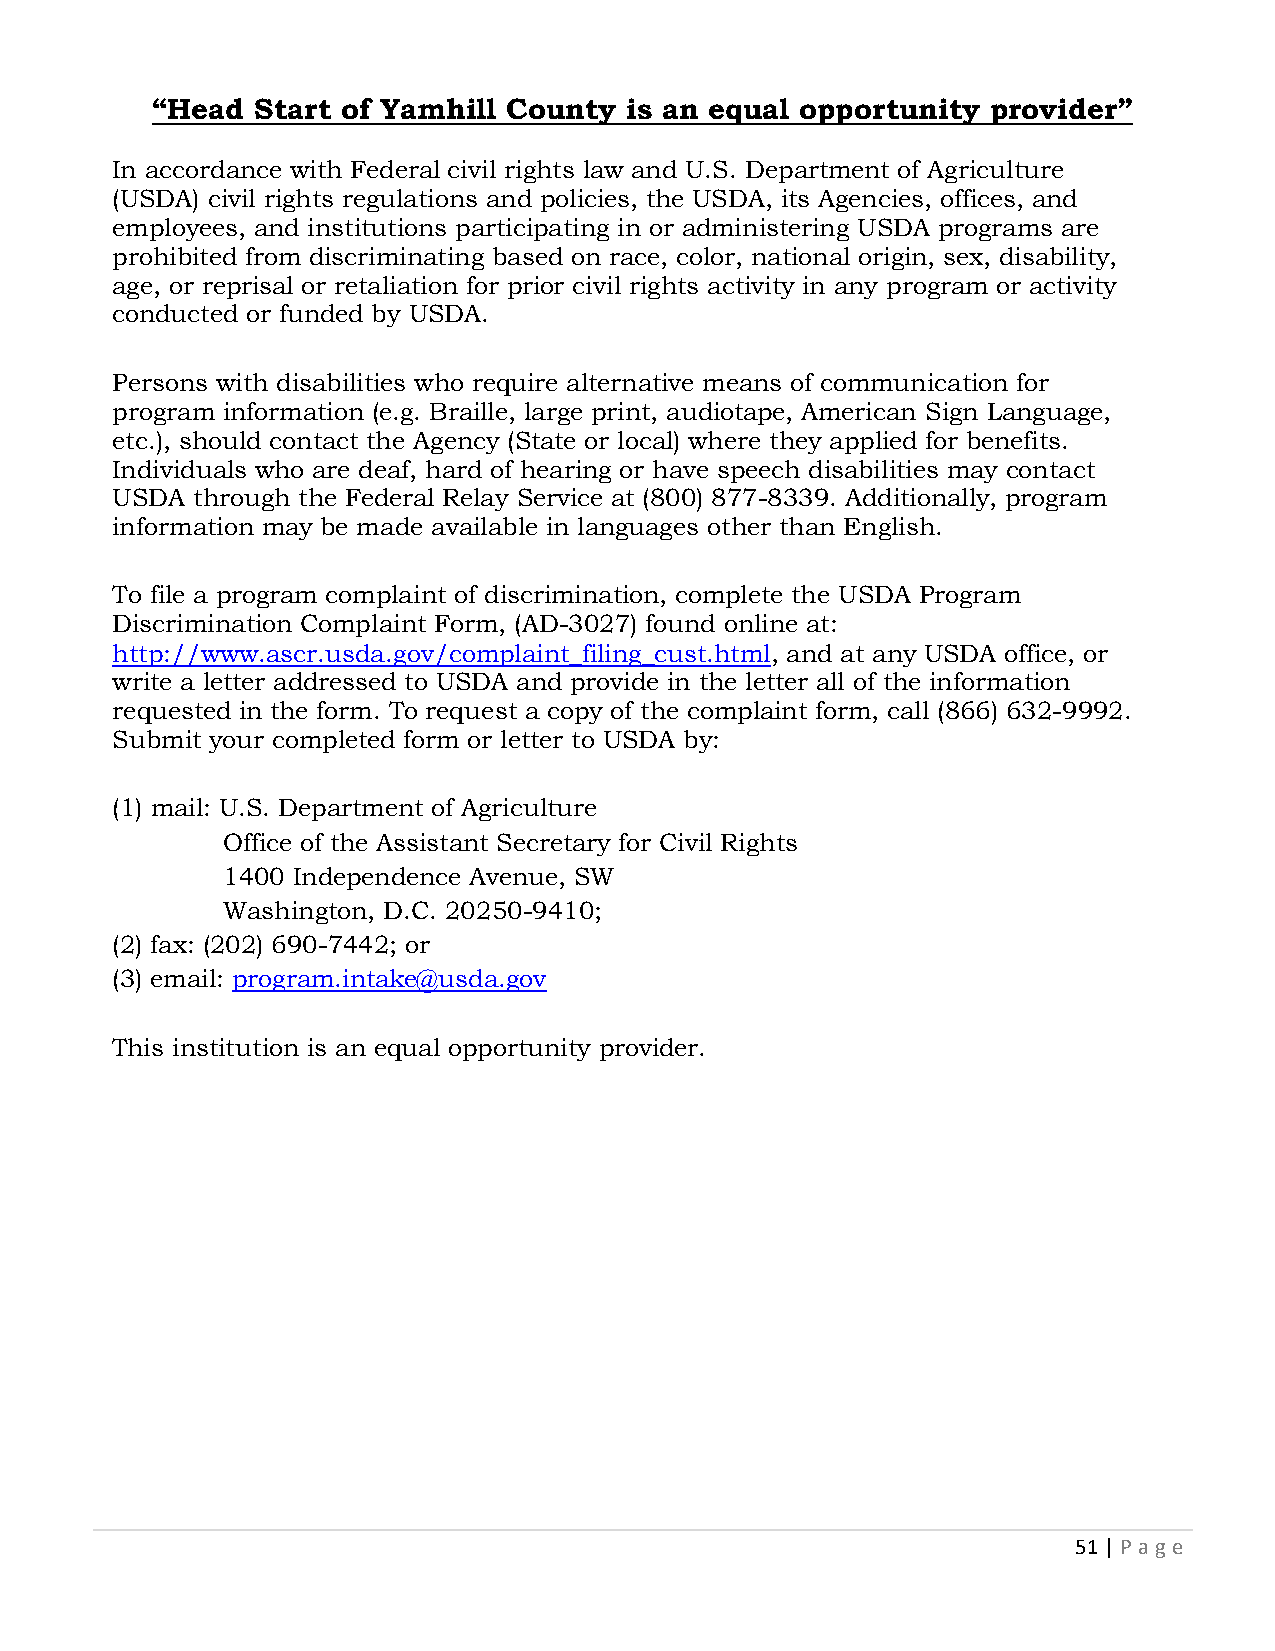
“Head  Start of Yamhill County is an equal opportunity  provider”
 In accordance with Federal civil rights law and U.S. Department of Agriculture
 (USDA) civil rights regulations and policies, the USDA, its Agencies, offices, and
 employees, and institutions participating in or administering USDA programs are
 prohibited from discriminating based on race, color, national origin, sex, disability,
 age, or reprisal or retaliation for prior civil rights activity in any program or activity
 conducted or funded by USDA.
 Persons with disabilities who require alternative means of communication for
 program information (e.g. Braille, large print, audiotape, American Sign Language,
 etc.), should contact the Agency (State or local) where they applied for benefits.
 Individuals who are deaf, hard of hearing or have speech disabilities may contact
 USDA  through the Federal Relay Service at (800) 877-8339. Additionally, program
 information may be made available in languages other than English.
 To file a program complaint of discrimination, complete the USDA Program
 Discrimination Complaint Form, (AD-3027) found online at:
 http://www.ascr.usda.gov/complaint_filing_cust.html, and at any USDA office, or
 write a letter addressed to USDA and provide in the letter all of the information
 requested in the form. To request a copy of the complaint form, call (866) 632-9992.
 Submit your completed form or letter to USDA by:
 (1) mail: U.S. Department of Agriculture
 Office of the Assistant Secretary for Civil Rights
 1400 Independence Avenue, SW
 Washington, D.C. 20250-9410;
 (2) fax: (202) 690-7442; or
 (3) email: program.intake@usda.gov
 This institution is an equal opportunity provider.
 51 | P age